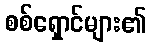
စစ်ရှောင်များ၏